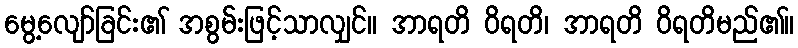
မွေ့လျော်ခြင်း၏ အစွမ်းဖြင့်သာလျှင်။ အာရတိ ဝိရတိ၊ အာရတိ ဝိရတိမည်၏။